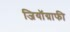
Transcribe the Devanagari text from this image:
जियॉग्राफी